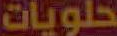
حلويات